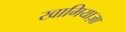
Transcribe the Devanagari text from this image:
खामियाज़ा